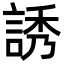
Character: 誘